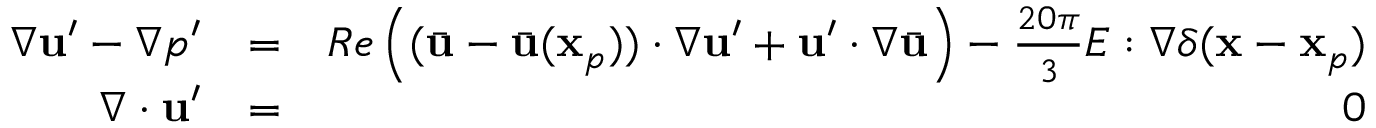
\begin{array} { r l r } { \nabla \mathbf { u } ^ { \prime } - \nabla p ^ { \prime } } & { = } & { R e \left( ( \bar { \mathbf { u } } - \bar { \mathbf { u } } ( \mathbf { x } _ { p } ) ) \cdot \nabla \mathbf { u } ^ { \prime } + \mathbf { u } ^ { \prime } \cdot \nabla \bar { \mathbf { u } } \right) - \frac { 2 0 \pi } { 3 } E : \nabla \delta ( \mathbf { x } - \mathbf { x } _ { p } ) } \\ { \nabla \cdot \mathbf { u } ^ { \prime } } & { = } & { 0 } \end{array}